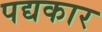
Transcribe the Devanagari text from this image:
पद्यकार